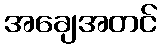
အချေအတင်